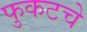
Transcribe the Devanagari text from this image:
फुकटचे